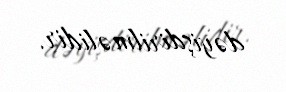
dəyişdirilməlidir.